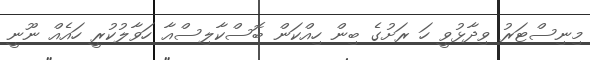
މިނިސްޓަރު ވިދާޅުވީ ހަ ރަށުގެ ބިން ހިއްކަން ބޮސްކާލިސްއާ ހަވާލުކުރީ ހައެއް ނޫނީ